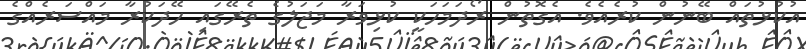
އުކުޅުތައް ބޭނުން ކުރެއެވެ. އެގޮތުން ރޯދަމަހަކީ ކުޅިވަރާ މަޖަލުގެ ތެރޭގައި ހޭދަކުރާ މައްސަރެއްގެ